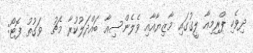
ދިވެހި ޕްރިމިއާ ލީގުގައި މާޒިޔާއާއި ވެލެންސިއާ ބައްދަލުކުރާ މެޗު  ވަގުތު ފޮޓޯ: